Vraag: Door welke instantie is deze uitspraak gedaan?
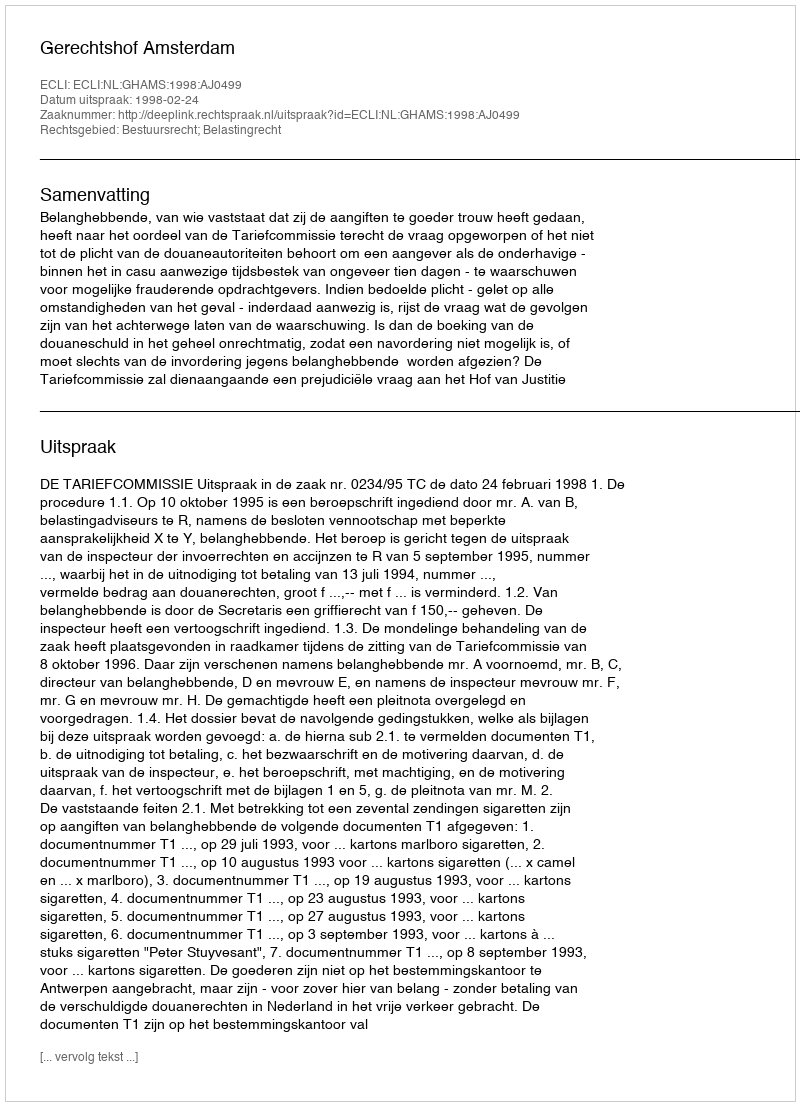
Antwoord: Gerechtshof Amsterdam